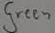
Text: Green